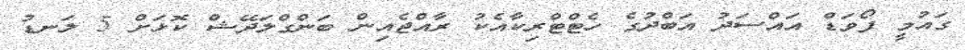
ގައުމީ ފޯވަޑް އައްސަދު އަބްދުގެ ހެޓްޓްރިކާއެކު ރާއްޖެއިން ބަންގްލަދޭޝް ކޮޅަށް 5 ލަނޑު